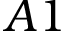
A 1